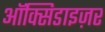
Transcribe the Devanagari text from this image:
ऑक्सिडाइज़र